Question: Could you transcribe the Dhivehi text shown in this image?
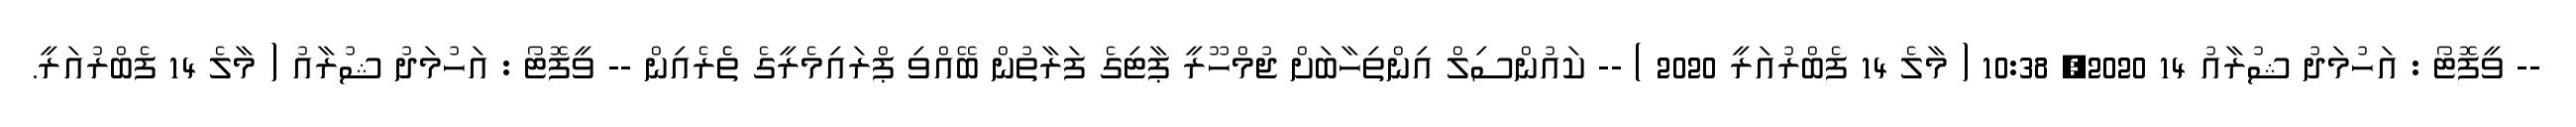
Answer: -- ވީފޮޓޯ : އަހުމަދު ޝުރާއު 14 2020, 10:38 ( މާލެ 14 ފެބްރުއަރީ 2020 ) -- ކައުންސިލް އިންތިހާބަށް ޖުމްހޫރީ ޕާޓިގެ ފަރާތުން ބޭއްވި ޕްރައިމެރީގެ ތެެރެއިން -- ވީފޮޓޯ : އަހުމަދު ޝުރާއު ( މާލެ 14 ފެބްރުއަރީ.